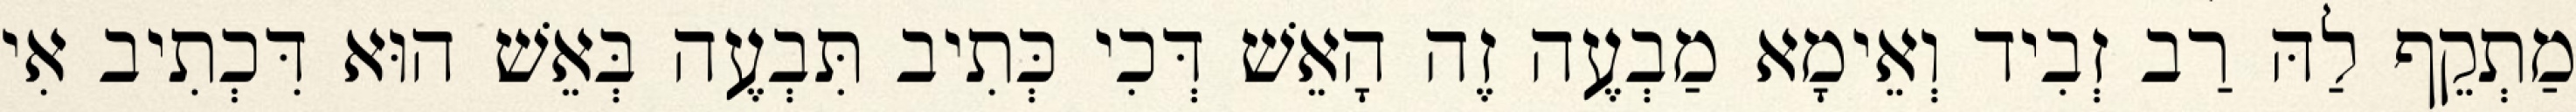
מַתְקֵף לַהּ רַב זְבִיד וְאֵימָא מַבְעֶה זֶה הָאֵשׁ דְּכִי כְּתִיב תִּבְעֶה בְּאֵשׁ הוּא דִּכְתִיב אִי